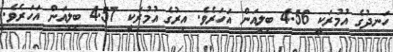
ހަނދުގެ އުމުރަކީ 4.56 ބިލިއަން އަހަރެވެ. އިރުގެ އުމުރަކީ 4.57 ބިލިއަން އަހަރެވެ.